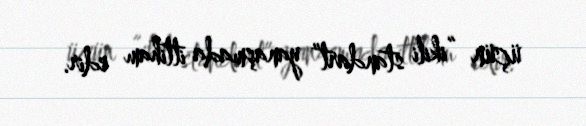
üçün “ikili standart” yanaşmada ittiham edir.